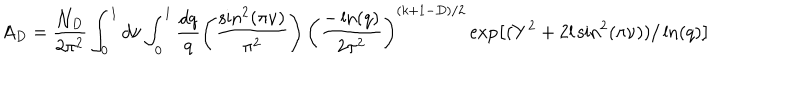
A _ { D } = \frac { { \cal N } _ { D } } { 2 \pi ^ { 2 } } \int _ { 0 } ^ { 1 } d \nu \int _ { 0 } ^ { 1 } \frac { d q } { q } \left( \frac { \sin ^ { 2 } ( \pi \nu ) } { \pi ^ { 2 } } \right) \left( \frac { - \ln ( q ) } { 2 \pi ^ { 2 } } \right) ^ { ( k + 1 - D ) / 2 } \exp \left[ ( Y ^ { 2 } + 2 l \sin ^ { 2 } ( \pi \nu ) ) / \ln ( q ) \right]